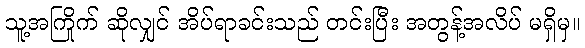
သူ့အကြိုက် ဆိုလျှင် အိပ်ရာခင်းသည် တင်းပြီး အတွန့်အလိပ် မရှိမှ။